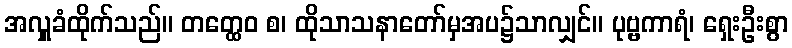
အလှူခံထိုက်သည်။ တတ္ထေဝ စ၊ ထိုသာသနာတော်မှအပ၌သာလျှင်။ ပုဗ္ဗကာရံ၊ ရှေးဦးစွာ